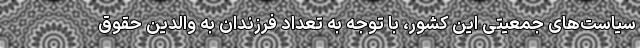
سیاست‌های جمعیتی این کشور، با توجه به تعداد فرزندان به والدین حقوق